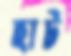
হাট